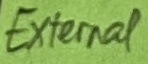
Text: EXTERNAL